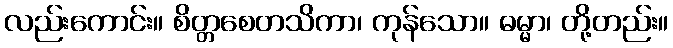
လည်းကောင်း။ စိတ္တစေတသိကာ၊ ကုန်သော။ ဓမ္မာ၊ တို့တည်း။